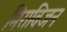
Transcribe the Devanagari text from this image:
मिराविजन